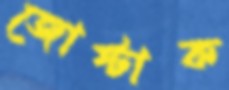
জোস্টাক